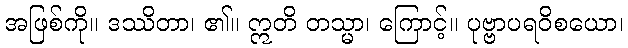
အဖြစ်ကို။ ဒဿိတာ၊ ၏။ ဣတိ တသ္မာ၊ ကြောင့်။ ပုဗ္ဗာပရဝိစယော၊